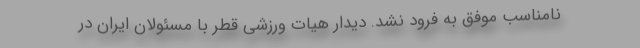
نامناسب موفق به فرود نشد. دیدار هیات ورزشی قطر با مسئولان ایران در